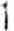
1